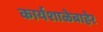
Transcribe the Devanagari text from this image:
कार्यशाळेबाहेर